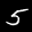
Label: 5